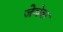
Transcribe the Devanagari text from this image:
जेबेक